Vaccination report Assam 1896-1927 - 1896-1927
Year: 1896
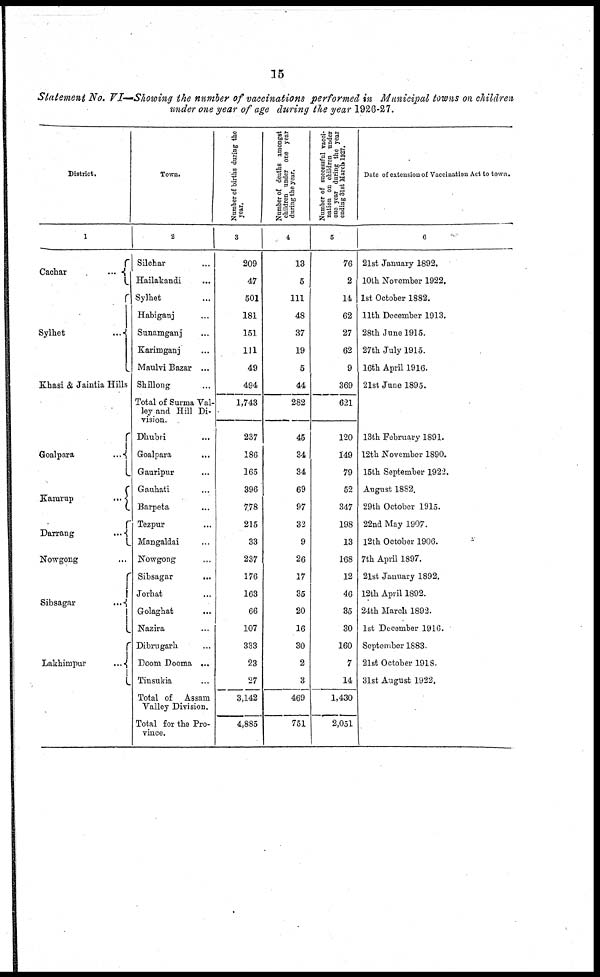
15
Statement No. VI—Showing the number of vaccinations performed in Municipal towns on children
under one year of age during the year 1926-27.
District.
1
Cachar
...
Sylhet ...
Khasi & Jaintia Hills
Goalpara
...
Kamrup
...
Darrang
...
Nowgong ...
Sibsagar
...
Lakhimpur
...
Town.
2
Silchar ...
Hailakandi ...
Sylhet ...
Habiganj ...
Sunamganj ...
Karimganj ...
Maulvi Bazar ...
Shillong ...
Total of Surma Val-
ley and Hill Di-
vision.
Dhubri ...
Goalpara
...
Gauripur ...
Gauhati ...
Barpeta ...
Tezpur ...
Mangaldai
Nowgong ...
Sibsagar
...
Jorhat ...
Golaghat
...
Nazira ...
Dibrugarh ...
Doom Dooma ...
Tinsukia ...
Total of Assam
Valley Division.
Total for the Pro-
vince.
Number of births during the
year.
3
209
47
501
181
151
111
49
494
1,743
237
186
165
396
778
215
33
237
176
163
66
107
333
23
27
3,142
4,885
Number of deaths amongst
children under one year
during the year.
4
13
5
111
48
37
19
5
44
282
45
34
34
69
97
32
9
26
17
35
20
16
30
2
3
469
751
Number of successful vacci-
nation on children under
one year during the year
ending 31st March 1927.
5
76
2
14
62
27
62
9
369
621
120
149
79
52
347
198
13
168
12
46
35
30
160
7
14
1,430
2,051
Date of extension of Vaccination Act to town.
6
21st January 1892.
10th November 1922.
1st October 1882.
11th December 1913.
28th June 1915.
27th July 1915.
16th April 1916.
21st June 1895.
13th February 1891.
12th November 1890.
15th September 1922.
August 1882.
29th October 1915.
22nd May 1907.
12th October 1906.
7th April 1897.
21st January 1892.
12th April 1892.
24th March 1892.
1st December 1916.
September 1883.
21st October 1918.
31st August 1922.